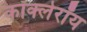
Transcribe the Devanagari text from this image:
कॉक्लेरॉय